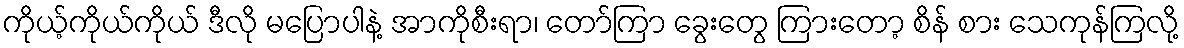
ကိုယ့်ကိုယ်ကိုယ် ဒီလို မပြောပါနဲ့ အာကိုစီးရာ၊ တော်ကြာ ခွေးတွေ ကြားတော့ စိန် စား သေကုန်ကြလို့